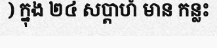
) ក្នុង ២៤ សប្តាហ៍ មាន កន្លះ